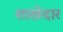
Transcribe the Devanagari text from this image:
शाखेदार